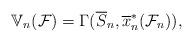
LaTeX: \begin{align*}\mathbb{V}_{n}(\mathcal{F})=\Gamma(\overline{S}_{n},\overline{x}_n^*(\mathcal{F}_{n})),\end{align*}